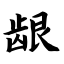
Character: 龈